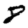
Digit: 8